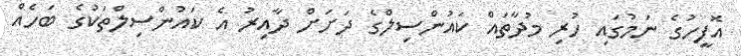
އޮފީހުގެ ނަމުގައި ހުރި މުދާތައް ކައުންސިލްގެ ދަށަށް ދާއިރު އެ ކައުންސިލްތަކުގެ ބަހެއް